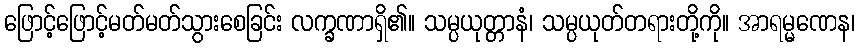
ဖြောင့်ဖြောင့်မတ်မတ်သွားစေခြင်း လက္ခဏာရှိ၏။ သမ္ပယုတ္တာနံ၊ သမ္ပယုတ်တရားတို့ကို။ အာရမ္မဏေန၊